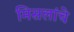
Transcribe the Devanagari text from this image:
मिसलांचे